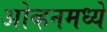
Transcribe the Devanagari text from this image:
ओव्हनमध्ये